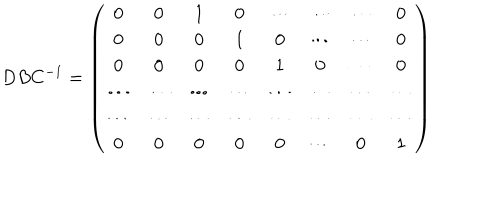
LaTeX: D B C ^ { - 1 } = \left( \begin{array} { c c c c c c c c } { { 0 } } & { { 0 } } & { { 1 } } & { { 0 } } & { { \cdots } } & { { \cdots } } & { { \cdots } } & { { 0 } } \\ { { 0 } } & { { 0 } } & { { 0 } } & { { 1 } } & { { 0 } } & { { \cdots } } & { { \cdots } } & { { 0 } } \\ { { 0 } } & { { 0 } } & { { 0 } } & { { 0 } } & { { 1 } } & { { 0 } } & { { \cdots } } & { { 0 } } \\ { { \cdots } } & { { \cdots } } & { { \cdots } } & { { \cdots } } & { { \cdots } } & { { \cdots } } & { { \cdots } } & { { \cdots } } \\ { { \cdots } } & { { \cdots } } & { { \cdots } } & { { \cdots } } & { { \cdots } } & { { \cdots } } & { { \cdots } } & { { \cdots } } \\ { { 0 } } & { { 0 } } & { { 0 } } & { { 0 } } & { { 0 } } & { { \cdots } } & { { 0 } } & { { 1 } } \\ \end{array} \right)